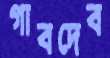
গাবদেব